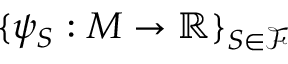
\{ \psi _ { S } : M \to \mathbb { R } \} _ { S \in \mathcal { F } }